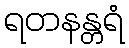
ရတနန္တရံ